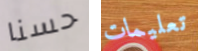
حسنا تعليمات